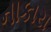
નાકારા